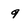
Character: 9